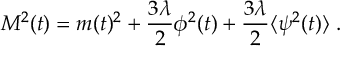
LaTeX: M ^ { 2 } ( t ) = m ( t ) ^ { 2 } + \frac { 3 \lambda } { 2 } \phi ^ { 2 } ( t ) + \frac { 3 \lambda } { 2 } \langle \psi ^ { 2 } ( t ) \rangle \; .